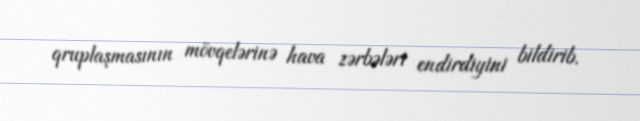
qruplaşmasının mövqelərinə hava zərbələri endirdiyini bildirib.